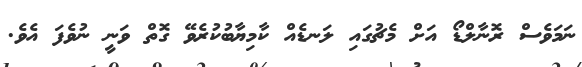
ނަމަވެސް ރޮނާލްޑޯ އަށް މެޗުގައި ލަނޑެއް ކާމިޔާބުކުރެވޭ ގޮތް ވަނީ ނުވެފަ އެވެ.